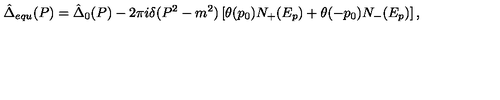
\hat { \Delta } _ { e q u } ( P ) = \hat { \Delta } _ { 0 } ( P ) - 2 \pi i \delta ( P ^ { 2 } - m ^ { 2 } ) \left[ \theta ( p _ { 0 } ) N _ { + } ( E _ { p } ) + \theta ( - p _ { 0 } ) N _ { - } ( E _ { p } ) \right] ,